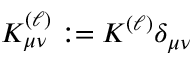
K _ { \mu \nu } ^ { ( \ell ) } : = K ^ { ( \ell ) } \delta _ { \mu \nu }